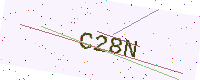
Text: C28N